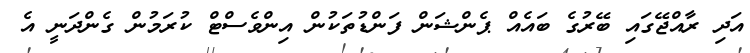
އަދި ރާއްޖޭގައި ބޭރުގެ ބައެއް ޕެންޝަން ފަންޑުތަކުން އިންވެސްޓް ކުރަމުން ގެންދަނީ އެ